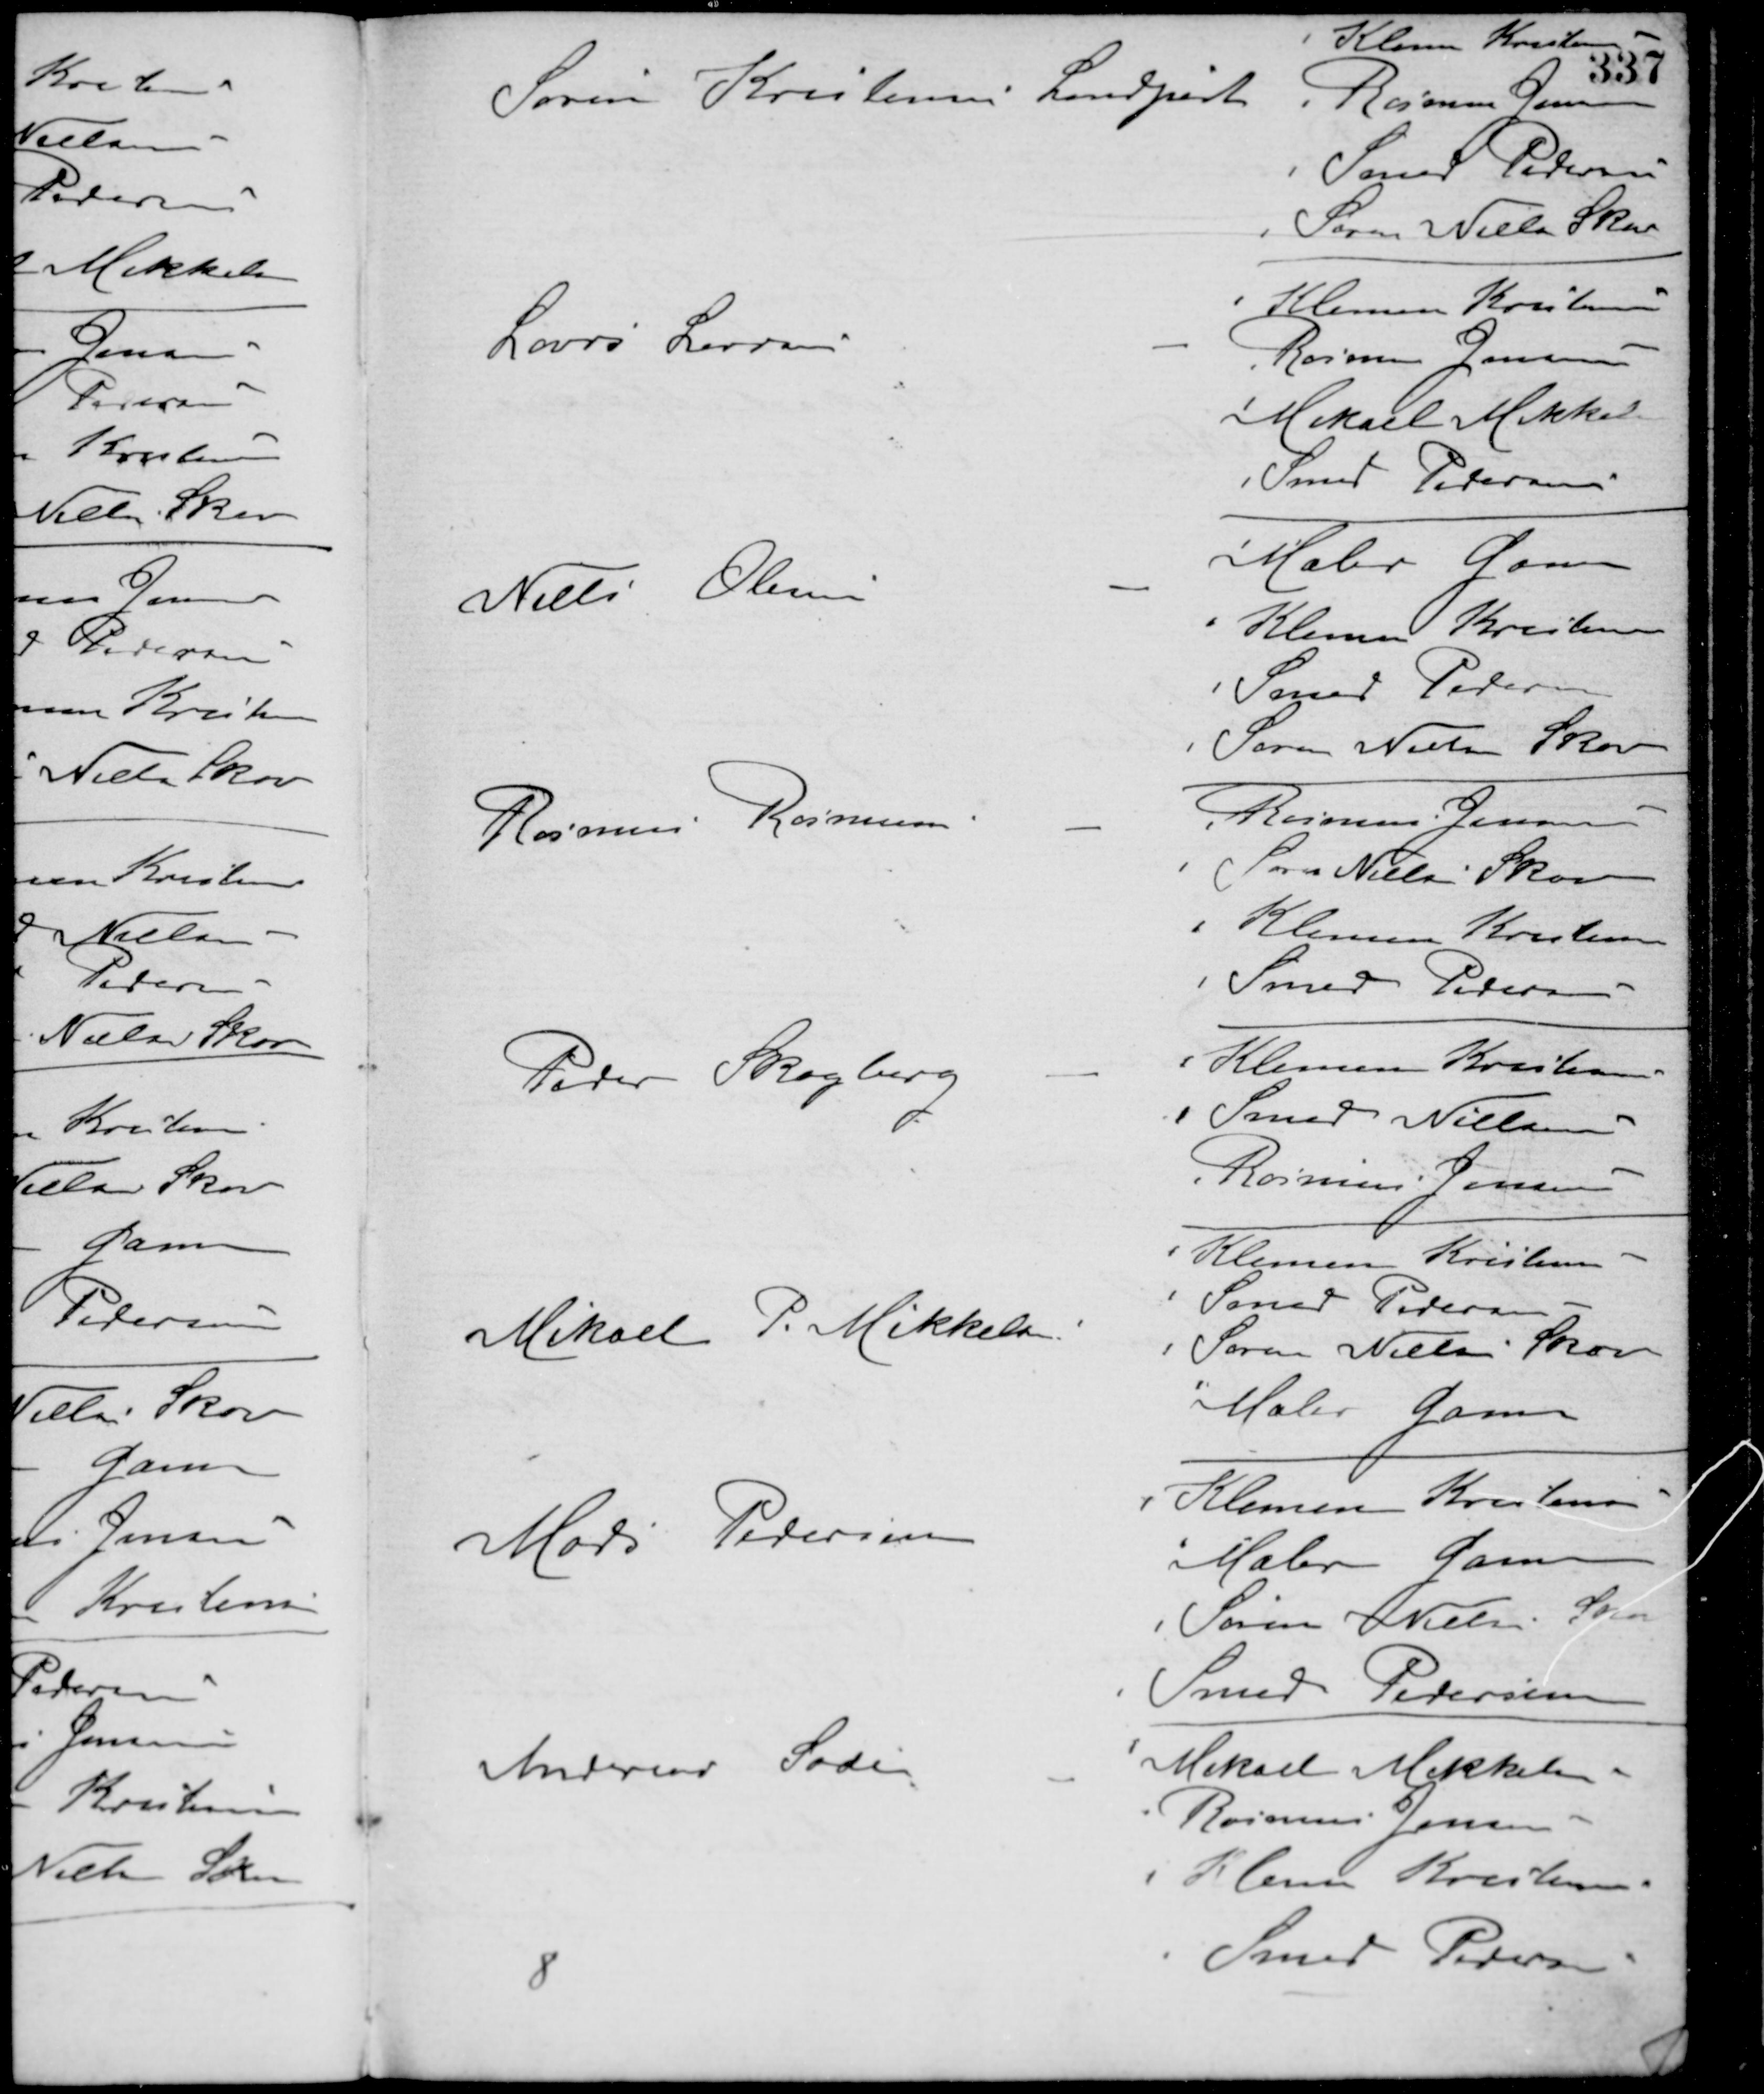
Transskription:
Søren Kristensen Landpost
Klemen Kristensen
Rasmus Jensen
Smed Pedersen
Søren Nielsen Skov
Laurs Larsen -
Klemen Kristensen
Rasmus Jensen
Mikael Mikkelsen
Smed Pedersen
Niels Olesen -
Maler Gam
Klemen Kristensen
Smed Pedersen
Søren Nielsen Skov
Rasmus Rasmussen -
Rasmus Jensen
Søren Nielsen Skov
Klemen Kristensen
Smed Pedersen
Peter Skagberg -
Klemen Kristensen
Smed Nielsen
Rasmus Jensen
Mikael P. Mikkelsen
Klemen Kristensen
Smed Pedersen
Søren Nielsen Skov
Maler Gam
Mads Pedersen
Klemen Kristensen
Maler Gam
Søren Nielsen Skov
Smed Pedersen
Andersen Soder -
Mikael Mikkelsen
Rasmus Jensen
Klemen Kristensen
Smed Pedersen
8